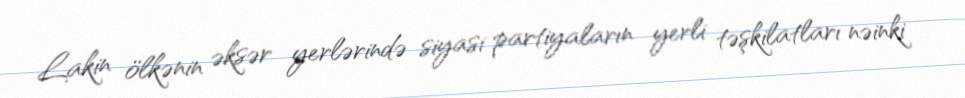
Lakin ölkənin əksər yerlərində siyasi partiyaların yerli təşkilatları nəinki